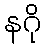
နဂို